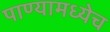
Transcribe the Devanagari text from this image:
पाण्यामध्येच